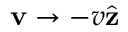
\mathbf { v } \to - v \hat { \mathbf { z } }